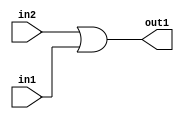
`timescale 1ps / 1ps
/*****************************************************************************
    Verilog RTL Description
    
    
    Created by: Stratus DpOpt 2019.1.01 
*******************************************************************************/

module st_feature_addr_gen_Or_1Ux1U_1U_4_1 (
	in2,
	in1,
	out1
	); /* architecture "behavioural" */ 
input  in2,
	in1;
output  out1;
wire  asc001;

assign asc001 = 
	(in2)
	|(in1);

assign out1 = asc001;
endmodule

/* CADENCE  urf4SQs= : u9/ySgnWtBlWxVPRXgAZ4Og= ** DO NOT EDIT THIS LINE ******/